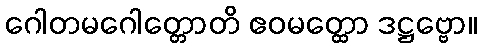
ဂေါတမဂေါတ္တောတိ ဧဝမတ္ထော ဒဋ္ဌဗ္ဗော။